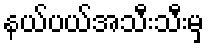
နယ်ပယ်အသီးသီးမှ